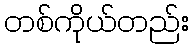
တစ်ကိုယ်တည်း